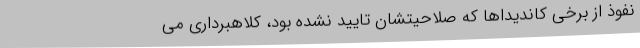
نفوذ از برخی کاندیداها که صلاحیتشان تایید نشده بود، کلاهبرداری می